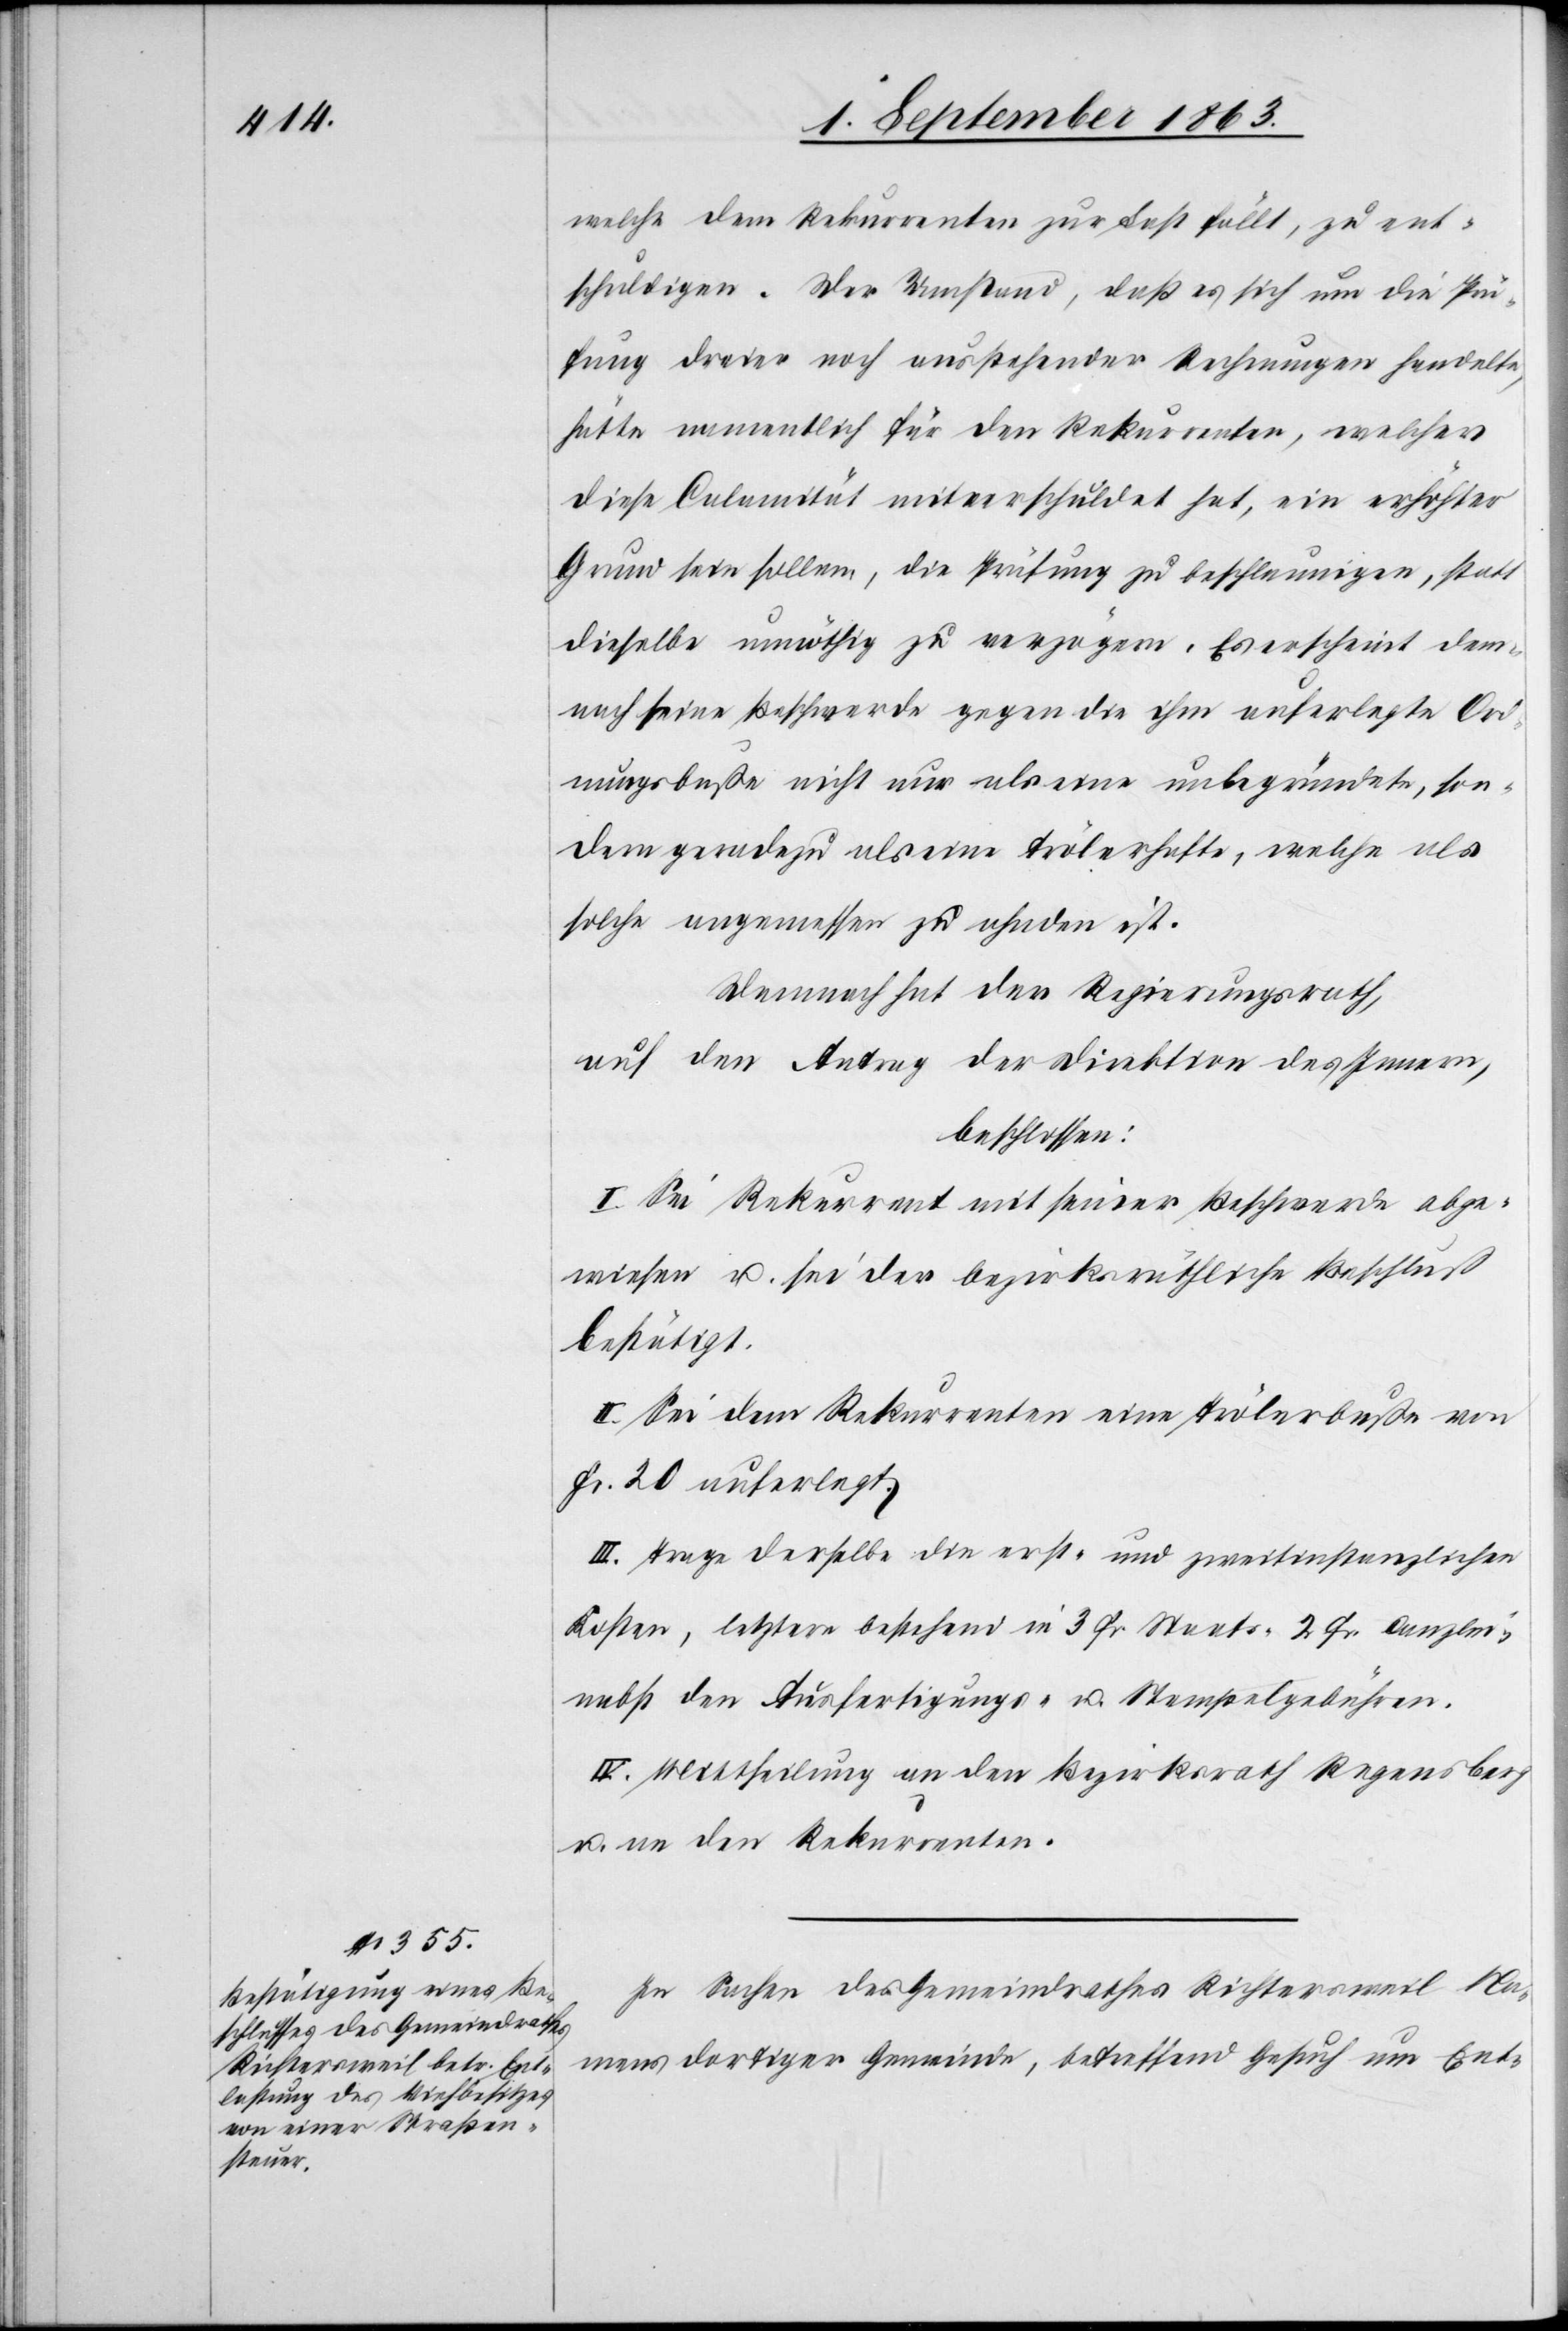
welche dem Rekurrenten zur Last fällt, zu ent¬
schuldigen. Der Umstand, daß es sich um die Prü¬
fung dreier noch ausstehender Rechnungen handelte,
hätte namentlich für den Rekurrenten, welcher
diese Calamität mitverschuldet hat, ein erhöhter
Grund sein sollen, die Prüfung zu beschleunigen, statt
dieselbe unnöthig zu verzögern. Es erscheint dem¬
nach seine Beschwerde gegen die ihm auferlegte Ord¬
nungsbuße nicht nur als eine unbegründete, son¬
dern geradezu als eine trölerhafte, welche als
solche angemessen zu ahnden ist.
Demnach hat der Regierungsrath,
auf den Antrag der Direktion des Innern,
beschlossen:
I. Sei Rekurrent mit seiner Beschwerde abge¬
wiesen u. sei der bezirksräthliche Beschluß
bestätigt.
II. Sei dem Rekurrenten eine Trölerbuße von
Fr. 20 auferlegt.
III. Trage derselbe die erst- und zweitinstanzlichen
Kosten, letztere bestehend in 3 Fr. Staats-[,] 2 Fr. Canzlei-
nebst den Ausfertigungs- u. Stempelgebühren.
IV. Mittheilung an den Bezirksrath Regensberg
u. an den Rekurrenten.
In Sachen des Gemeindrathes Richtersweil Na¬
mens dortiger Gemeinde, betreffend Gesuch um Ent-